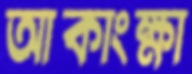
আকাংক্ষা